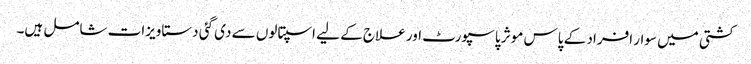
کشتی میں سوار افراد کے پاس موثر پاسپورٹ اور علاج کے لیے اسپتالوں سے دی گئی دستاویزات شامل ہیں۔